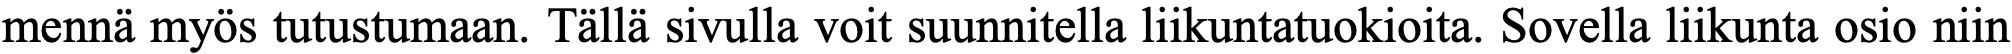
mennä myös tutustumaan. Tällä sivulla voit suunnitella liikuntatuokioita. Sovella liikunta osio niin